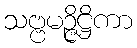
သဗ္ဗမဉ္ဇိဋ္ဌိကာ